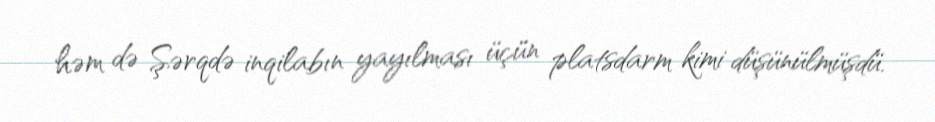
həm də Şərqdə inqilabın yayılması üçün platsdarm kimi düşünülmüşdü.